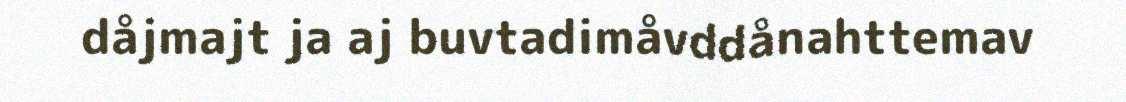
dåjmajt ja aj buvtadimåvddånahttemav